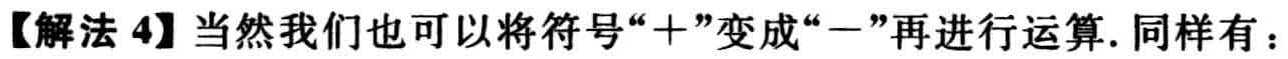
【解法 4】当然我们也可以将符号“+”变成“−”再进行运算. 同样有：